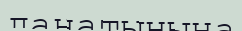
данатынына